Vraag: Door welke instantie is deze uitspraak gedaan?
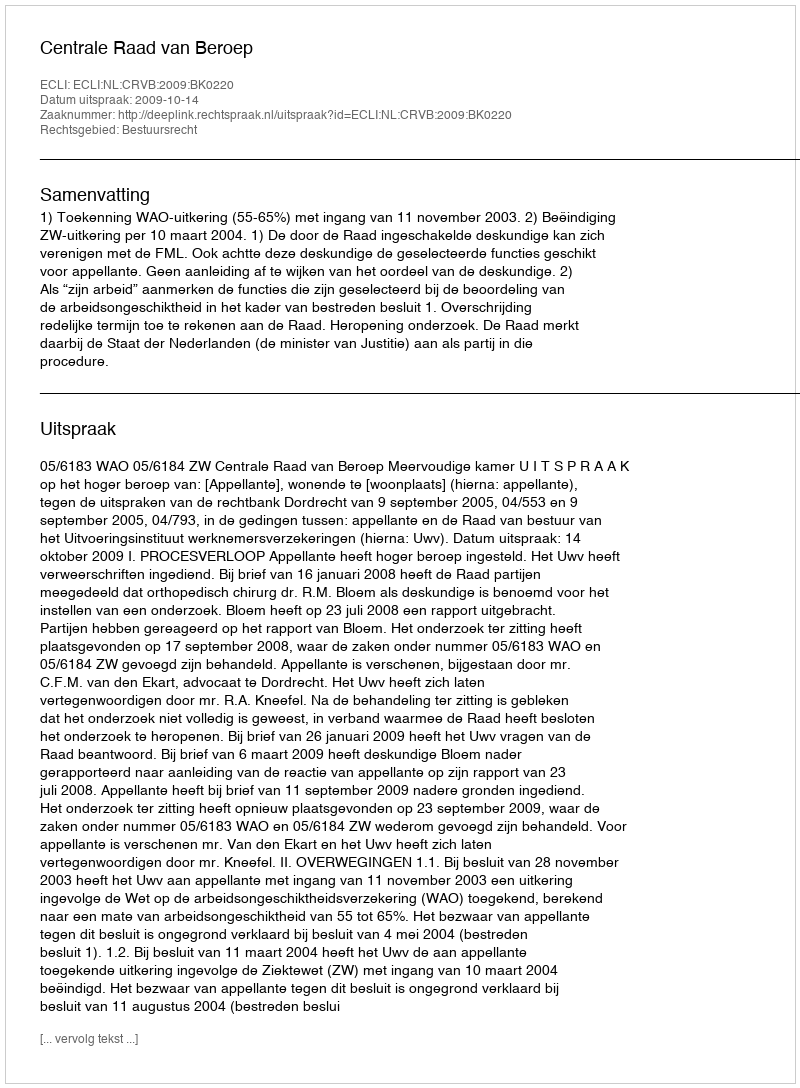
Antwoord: Centrale Raad van Beroep